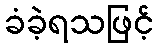
ခံခဲ့ရသဖြင့်